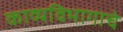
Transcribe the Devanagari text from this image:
काव्यविभागाचे